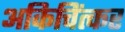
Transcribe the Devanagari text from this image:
अकिचिंत्कर